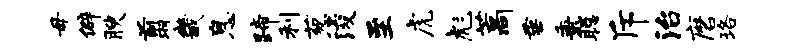
毋僻腴翦畿息蹄利葱浚至虎彪藁垂秉聪斥治磨珞